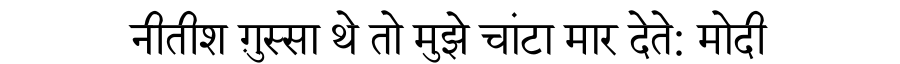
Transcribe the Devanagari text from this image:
नीतीश ग़ुस्सा थे तो मुझे चांटा मार देते: मोदी